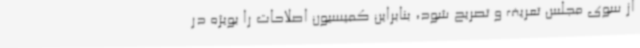
از سوی مجلس تعریف و تصریح شود، بنابراین کمیسیون اصلاحات را بویژه در